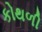
કોથળી